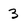
Character: 3